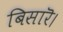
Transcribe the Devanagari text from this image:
बिसारॆ।